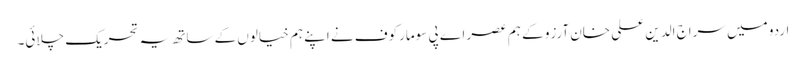
اردو میں سراج الدین علی خان آرزو کے ہم عصر اے پی سومارکوف نے اپنے ہم خیالوں کے ساتھ یہ تحریک چلائی۔